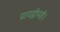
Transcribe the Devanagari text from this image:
प्रायद्वीपहै।